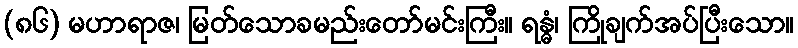
(၈၆) မဟာရာဇ၊ မြတ်သောခမည်းတော်မင်းကြီး။ ရန္ဓံ၊ ကြိုချက်အပ်ပြီးသော။